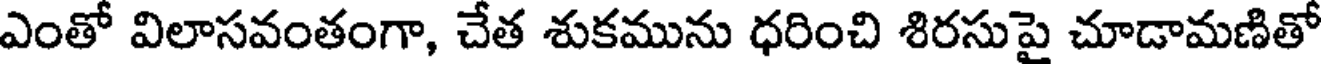
ఎంతో విలాసవంతంగా, చేత శుకమును ధరించి శిరసుపై చూడామణితో